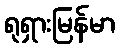
ရုရှားမြန်မာ